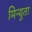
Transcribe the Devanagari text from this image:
मिन्युता